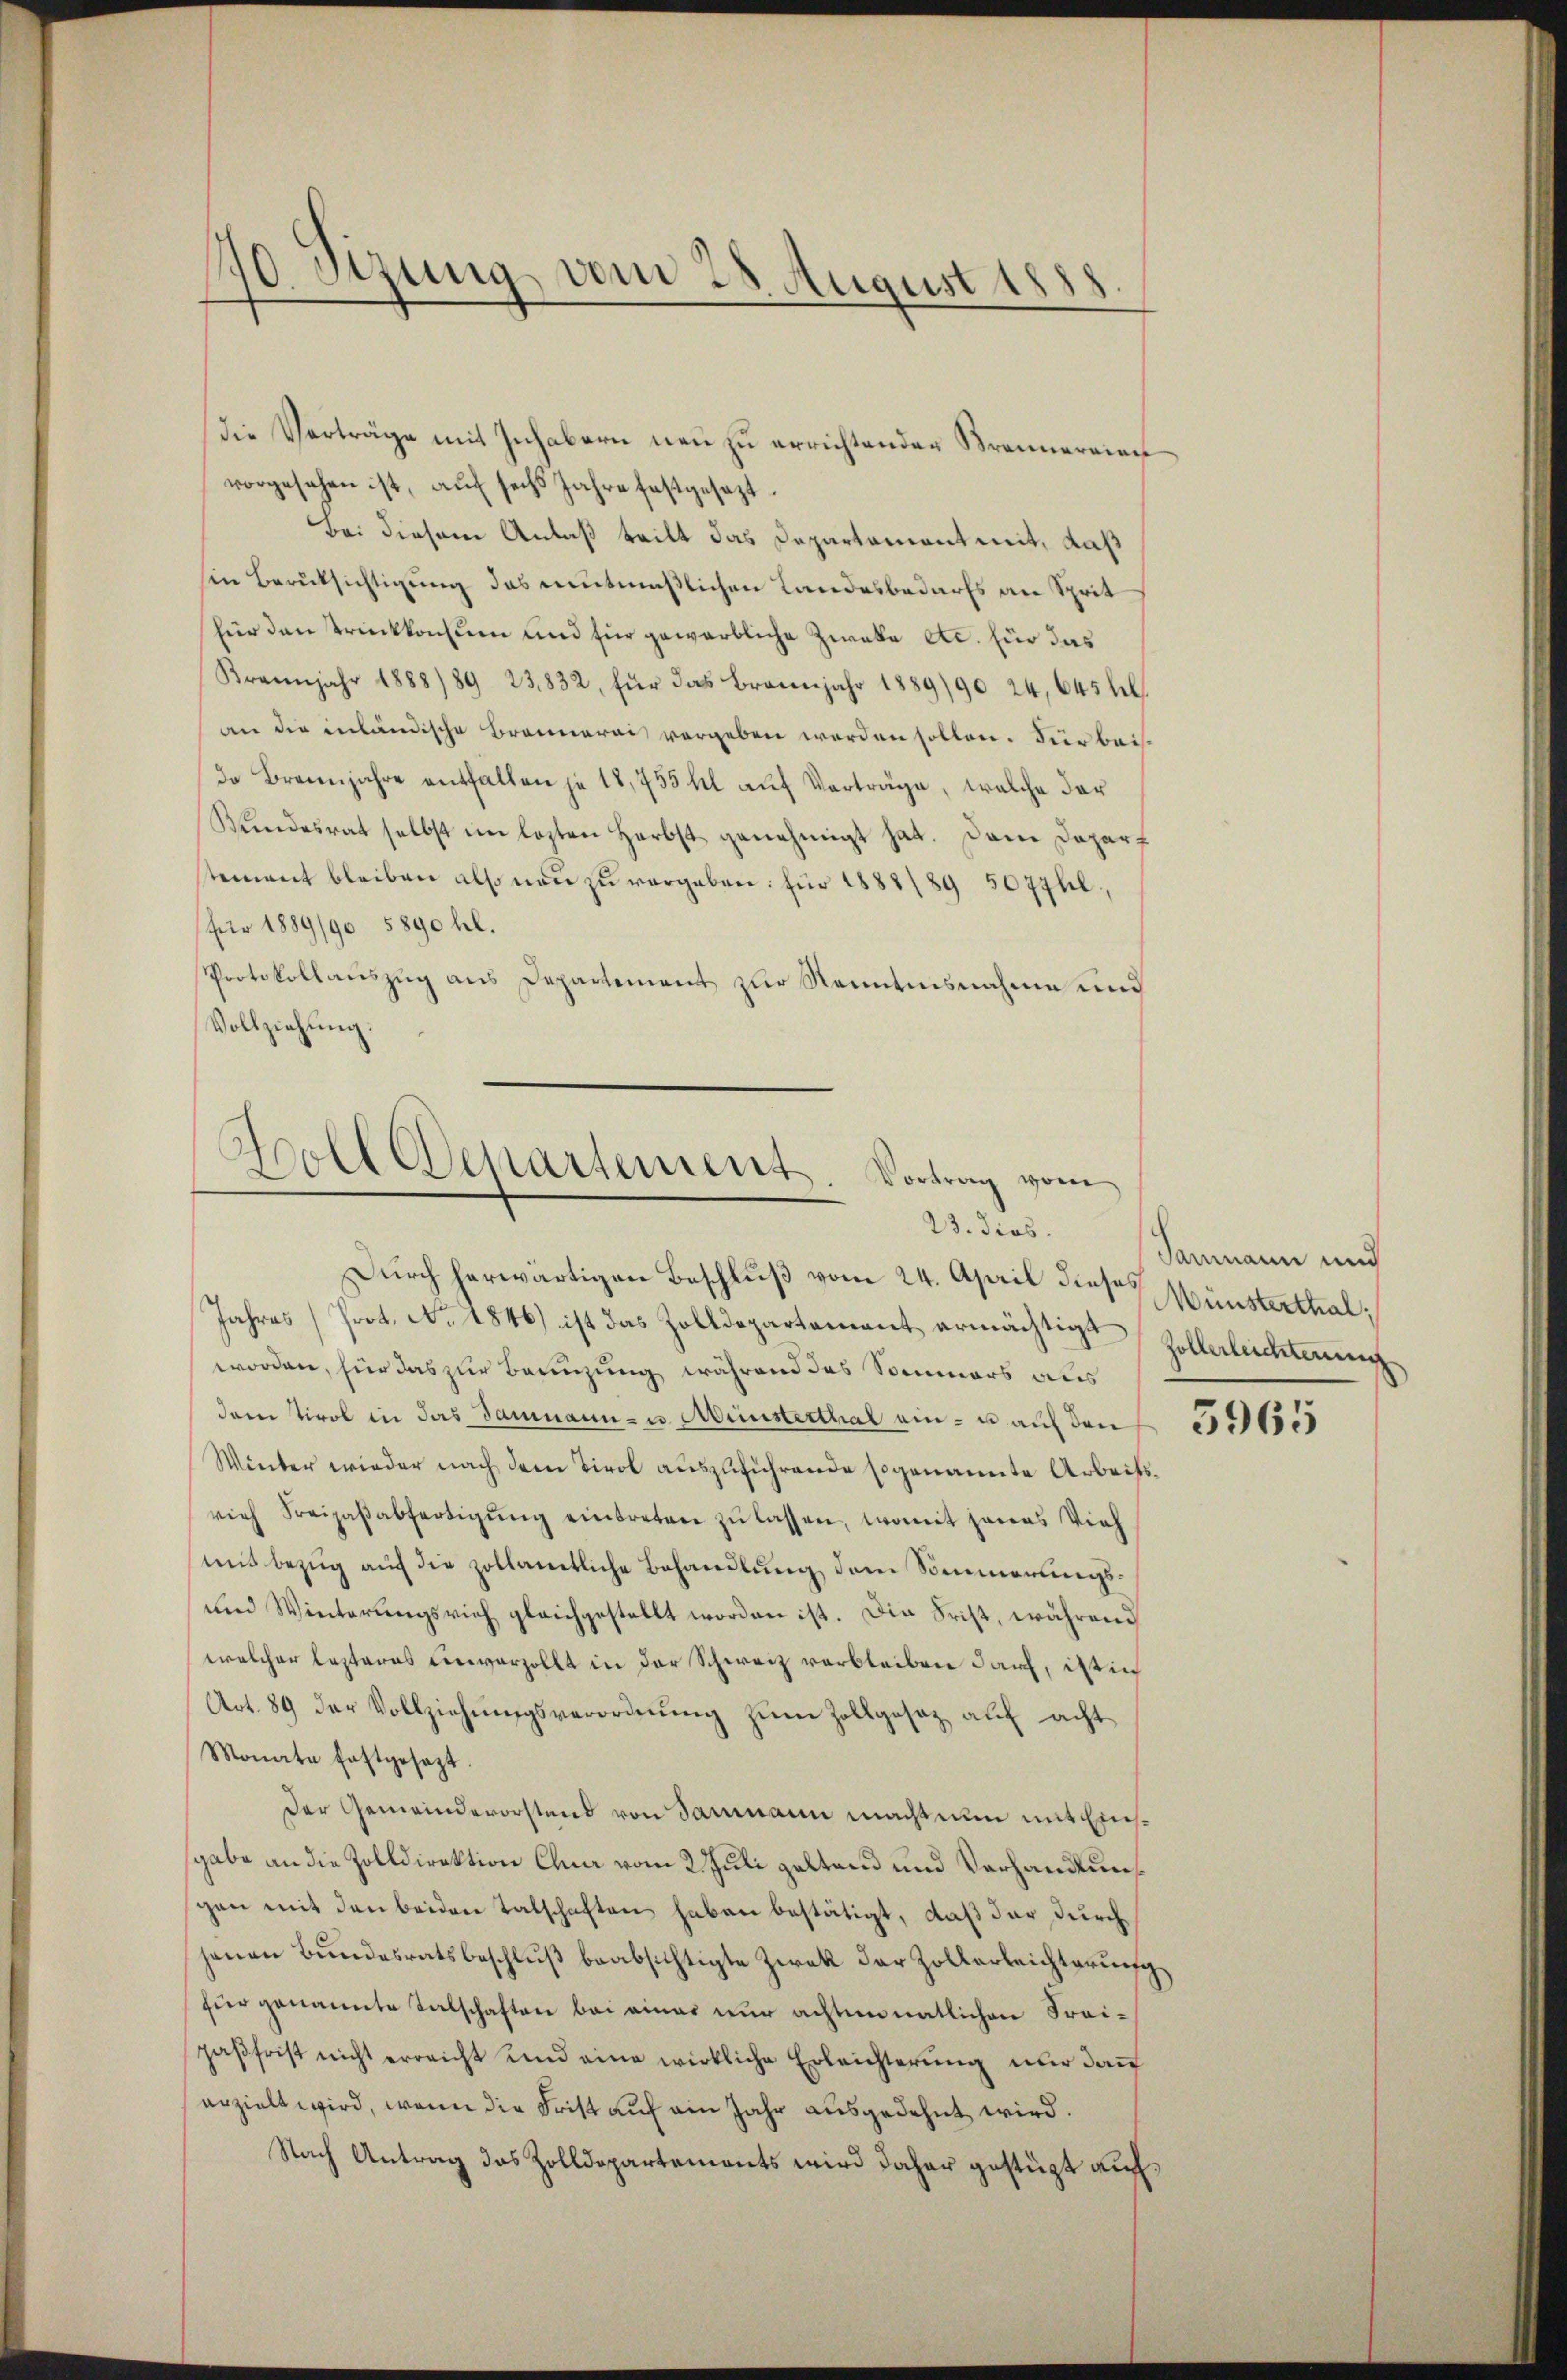
170. Sizung vom 28. August 1888

die Verträge mit Inhabern neu zu errichtender Brennereien
vorgesehen ist, auf sechs Jahre festgesezt.
Bei diesem Anlaß teilt das Departament mit, daß
sen Berüksichtigung das mutmaßlichen Landesbedarfs an Sprit
für den Trinkkonsum und für gewerbliche Zweke etc. für das
Krannjahr 1888/89 23832, für das Brannjahr 1889/90 24, 645 bel
an die inländische Brennerei vergeben werden sollen. Für beida Brannjahre entfallen je 18,755 hl auf Verträge, welche der
Kindesrat selbst im lezten Herbst genehmigt hat. Dem Daparf
stement bleiben also neu zu vergeben: für 1883/89 507hl,
für 1889/90 5890 hl.
Protokollauszug aus Departement zur Renntnisnahme und
Vollziehung.
Soll Departement. Vortrag vom

23. dies.
Durch herwärtigen Beschluß vom 24. April diese Münsterthal;

Jahres (Prot. No. 1846) ist das Zolldepartement ermächtigte Zollerleichten.
worden, für das zur Bernzung während das Sommers aus
dem Tirol in das Baumann- u. Münsterthal ein- u. auf den 300
Winter wieder nach dem Tirol auszuführende sogenannte Arbeitsvieh Freizaβabfertigŭng eintreten zŭ lassen, womit jenes Vieh
mit Bezug auf die zollamtliche Behandlung dem Sommerungs¬
und Winterungsrich gleichgestellt worden ist. Die Frist, während
welcher lezteres einverzollt in der Schweiz verbleiben darf, ist in
Art. 89 der Vollziehungsverordnung zum Zollgesetz auf acht
Monate festgesezt.
Der Gemeindevorstend von Sammann macht nun mit Einsgabe an die Zolldirektion Chur vom 2. Juli geltend und Vorhandlungen mit den beiden Talschaften haben bestätigt, daß der durch
jenen Bŭndesratsbeschlŭβ beabsichtigte Zwek der Zollerleichterung
hier genannte Salschaften bei einer nur achtennatlichen Freipaßfrist nicht erreicht Kind eine wirkliche Erleichterung nur dann
erzielt wird, wenn die Frist auf ein Jahr ausgedehnt wird.
Nach Antrag das Zolldepartements wird daher gestüzt auf¬

Sammann und